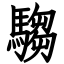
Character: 騶